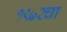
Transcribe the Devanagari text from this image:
१९७२चा